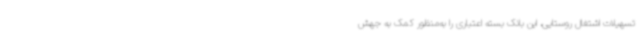
تسهیلات اشتغال روستایی، این بانک بسته اعتباری را به‌منظور کمک به جهش